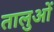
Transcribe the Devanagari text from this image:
तालुओं